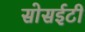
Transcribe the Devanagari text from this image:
सोसईटी